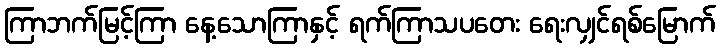
ကြာဘက်မြင့်ကြာ နေ့သောကြာနှင့် ရက်ကြာသပတေး ရေးလျှင်ရစ်မြောက်